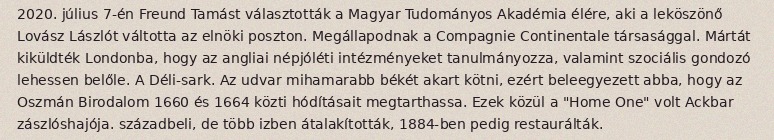
2020. július 7-én Freund Tamást választották a Magyar Tudományos Akadémia élére, aki a leköszönő Lovász Lászlót váltotta az elnöki poszton. Megállapodnak a Compagnie Continentale társasággal. Mártát kiküldték Londonba, hogy az angliai népjóléti intézményeket tanulmányozza, valamint szociális gondozó lehessen belőle. A Déli-sark. Az udvar mihamarabb békét akart kötni, ezért beleegyezett abba, hogy az Oszmán Birodalom 1660 és 1664 közti hódításait megtarthassa. Ezek közül a "Home One" volt Ackbar zászlóshajója. századbeli, de több izben átalakították, 1884-ben pedig restaurálták.